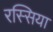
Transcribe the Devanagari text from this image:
रस्सिया